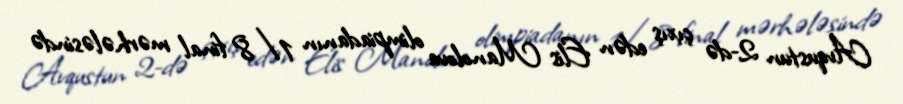
Avqustun 2-də çıxış edən Elis Manolova olimpiadanın 1/8 final mərhələsində